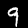
Label: 9